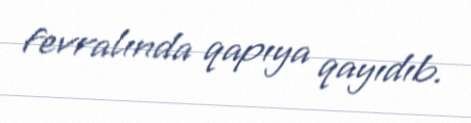
fevralında qapıya qayıdıb.